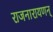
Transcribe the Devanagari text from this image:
राजनारायणन्